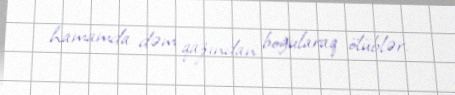
hamamda dəm qazından boğularaq ölüblər.